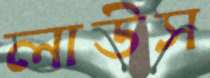
লাউস